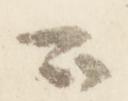
公